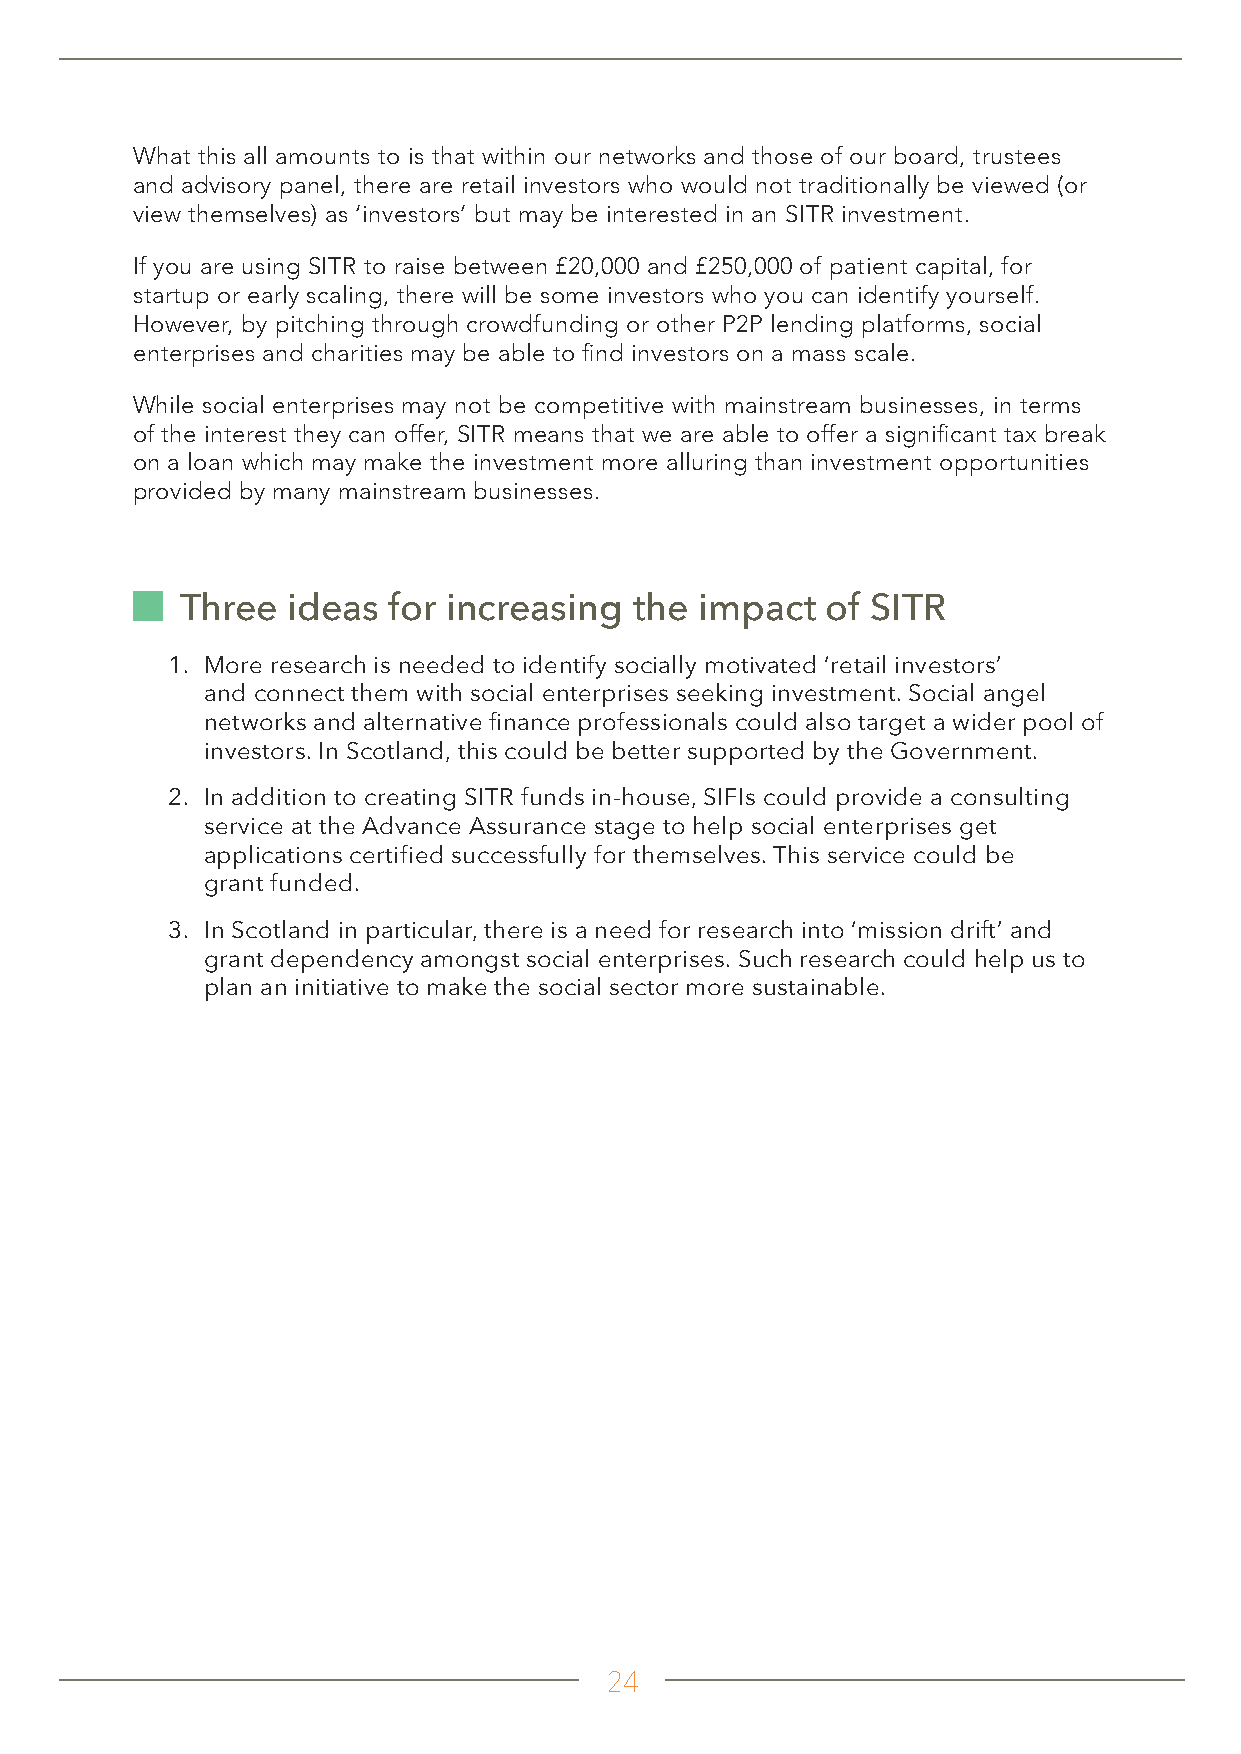
What this all amounts to is that within our networks and those of our board, trustees
 and advisory panel, there are retail investors who would not traditionally be viewed (or
 view themselves) as ‘investors’ but may be interested in an SITR investment.
 If you are using SITR to raise between £20,000 and £250,000 of patient capital, for
 startup or early scaling, there will be some investors who you can identify yourself.
 However, by pitching through crowdfunding or other P2P lending platforms, social
 enterprises and charities may be able to find investors on a mass scale.
 While social enterprises may not be competitive with mainstream businesses, in terms
 of the interest they can offer, SITR means that we are able to offer a significant tax break
 on a loan which may make the investment more alluring than investment opportunities
 provided by many mainstream businesses.
 Three  ideas  for increasing  the impact   of SITR
 1. More research is needed to identify socially motivated ‘retail investors’
 and connect them with social enterprises seeking investment. Social angel
 networks and alternative finance professionals could also target a wider pool of
 investors. In Scotland, this could be better supported by the Government.
 2. In addition to creating SITR funds in-house, SIFIs could provide a consulting
 service at the Advance Assurance stage to help social enterprises get
 applications certified successfully for themselves. This service could be
 grant funded.
 3. In Scotland in particular, there is a need for research into ‘mission drift’ and
 grant dependency amongst social enterprises. Such research could help us to
 plan an initiative to make the social sector more sustainable.
 24